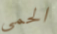
الحمى